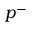
p ^ { - }